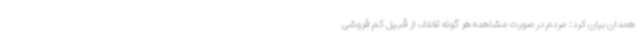
همدان بیان کرد: مردم در صورت مشاهده هر گونه تخلف از قبیل کم فروشی